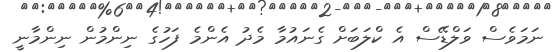
ނަމަވެސް ވަލްޑޭސް އެ ކްލަބަށް ގެނައުމާ މެދު އެންމެ ފަހުގެ ނިންމުން ނިންމާނީ